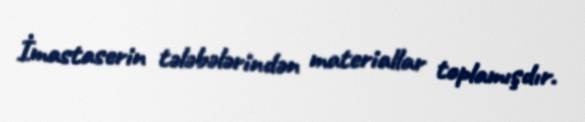
İmastaserin tələbələrindən materiallar toplamışdır.